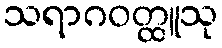
သရာဂဝတ္ထူသု